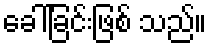
ခေါ်ခြင်းဖြစ် သည်။